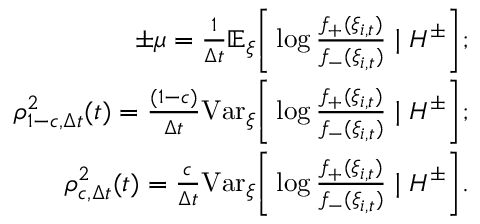
\begin{array} { r } { \pm \mu = \frac { 1 } { \Delta t } \mathbb { E } _ { \xi } \Bigg [ \log { \frac { f _ { + } ( \xi _ { i , t } ) } { f _ { - } ( \xi _ { i , t } ) } } \mid H ^ { \pm } \Bigg ] ; } \\ { \rho _ { 1 - c , \Delta t } ^ { 2 } ( t ) = \frac { ( 1 - c ) } { \Delta t } \mathrm { V a r } _ { \xi } \Bigg [ \log { \frac { f _ { + } ( \xi _ { i , t } ) } { f _ { - } ( \xi _ { i , t } ) } } \mid H ^ { \pm } \Bigg ] ; } \\ { \rho _ { c , \Delta t } ^ { 2 } ( t ) = \frac { c } { \Delta t } \mathrm { V a r } _ { \xi } \Bigg [ \log { \frac { f _ { + } ( \xi _ { i , t } ) } { f _ { - } ( \xi _ { i , t } ) } } \mid H ^ { \pm } \Bigg ] . } \end{array}